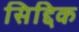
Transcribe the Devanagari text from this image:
सिद्दिक